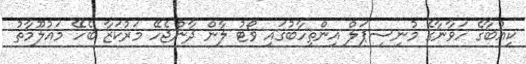
ކިއުބާގެ ހަވާނާގެ މުނިސިޕަލް އިންތިހާބުގައި ވޯޓު ލާން ދާންޖެހޭ މަރުކަޒާ ބެހޭ މައުލޫމާތު